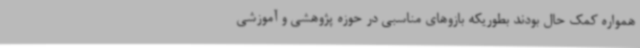
همواره کمک حال بودند بطوریکه بازوهای مناسبی در حوزه پژوهشی و آموزشی